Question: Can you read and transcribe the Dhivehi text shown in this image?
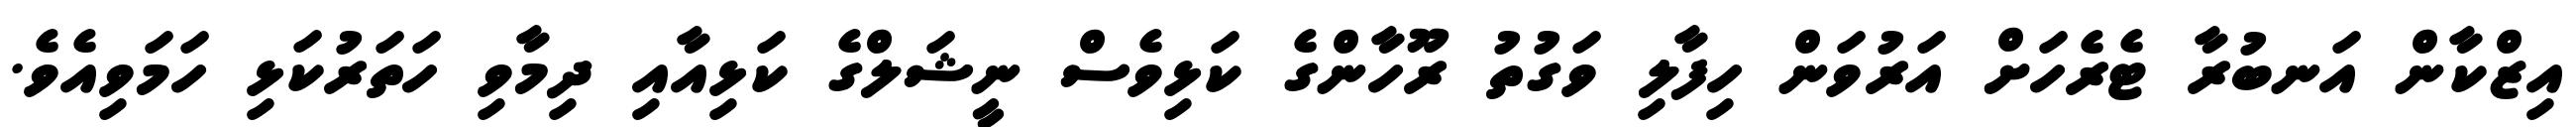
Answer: އިޒްކާން އަނބުރާ ޓެރެހަށް އަރުވަން ހިފާލި ވަގުތު ރޫހާންގެ ކަޅިވެސް ނީޝަލްގެ ކަޅިއާއި ދިމާވި ހަތަރުކަޅި ހަމަވިއެވެ.